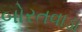
બોરતવાડા